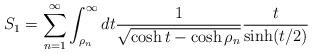
LaTeX: \begin{align*}S_1=\sum_{n=1}^{\infty}\int_{\rho_n}^{\infty}dt\frac{1}{\sqrt{\cosh t-\cosh\rho_n}}\frac{t}{\sinh(t/2)}\end{align*}